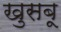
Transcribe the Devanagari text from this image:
खुसबू